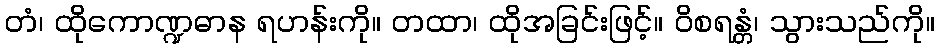
တံ၊ ထိုကောဏ္ဍဓာန ရဟန်းကို။ တထာ၊ ထိုအခြင်းဖြင့်။ ဝိစရန္တံ၊ သွားသည်ကို။